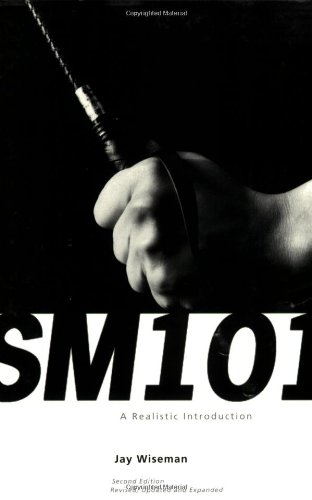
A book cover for SM 101: A Realistic Introduction; Jay Wiseman; Self-Help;